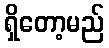
ရှိတော့မည်